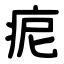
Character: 痆